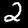
Digit: 2